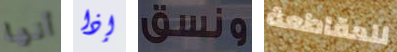
أنها إذا ونسق للمقاطعة